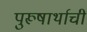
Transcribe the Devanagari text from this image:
पुरूषार्थाची